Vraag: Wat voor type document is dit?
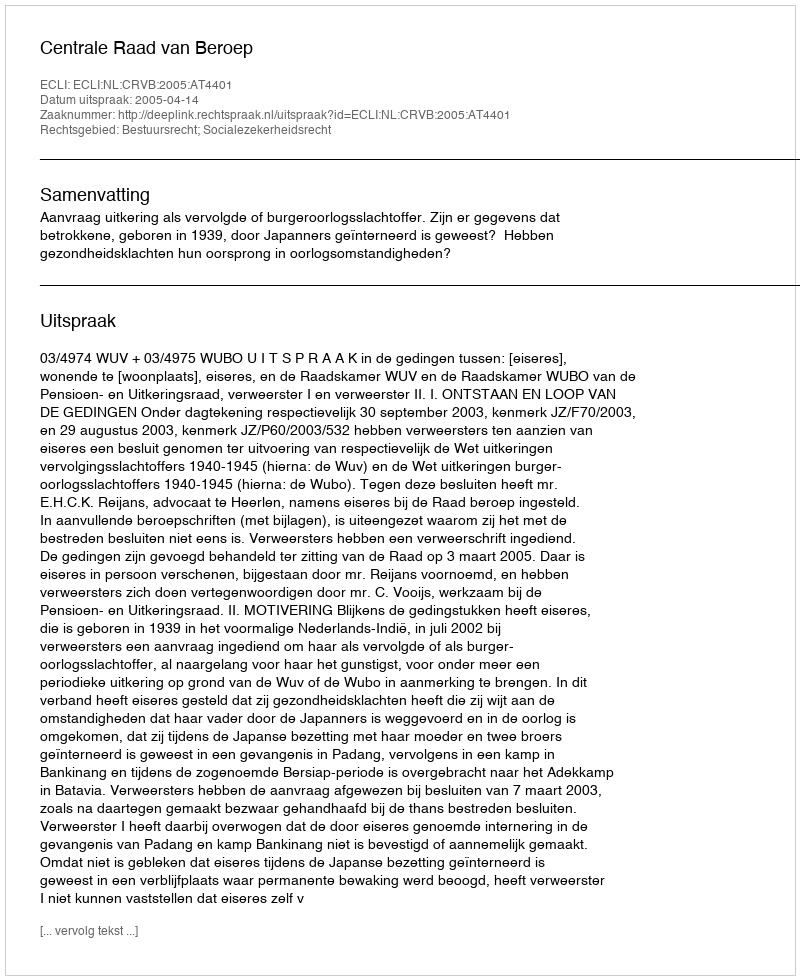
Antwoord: Uitspraak